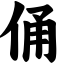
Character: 俑